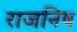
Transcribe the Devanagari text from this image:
राजनिष